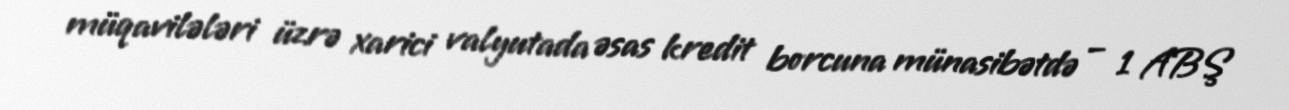
müqavilələri üzrə xarici valyutada əsas kredit borcuna münasibətdə – 1 ABŞ